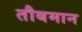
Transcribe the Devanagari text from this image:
तौबमान